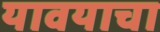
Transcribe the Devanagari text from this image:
यावयाचा